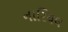
નારિયલ